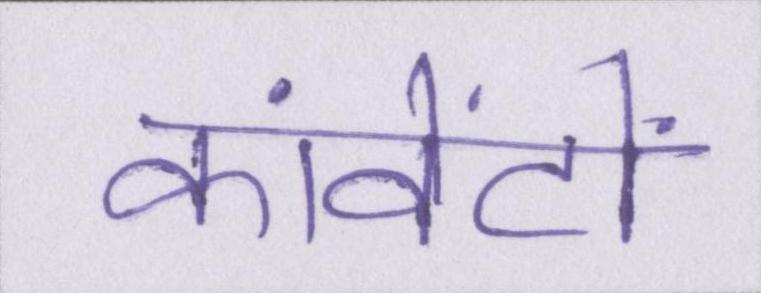
कांवेंटों